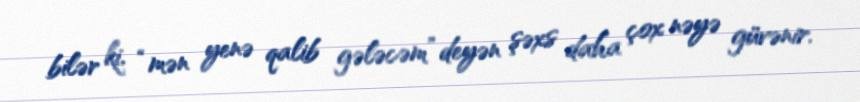
bilər ki, “mən yenə qalib gələcəm” deyən şəxs daha çox nəyə güvənir.